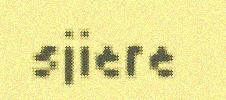
sjiere